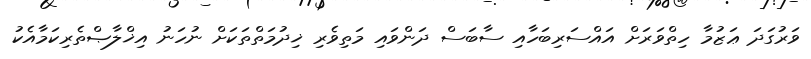
ވަރުގަދަ ޢަޒުމާ ހިތްވަރަށް އައްސަރިބަހާއި ސާބަސް ދަންވައި މަތިވެރި ޚިދުމަތްތަކަށް ނުހަނު އިޚްލާޞްތެރިކަމާއެކު